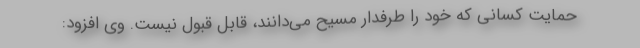
حمایت کسانی که خود را طرفدار مسیح می‌دانند، قابل قبول نیست. وی افزود: